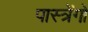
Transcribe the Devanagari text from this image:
पास्त्रेंगो